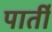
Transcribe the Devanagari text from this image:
पार्ती